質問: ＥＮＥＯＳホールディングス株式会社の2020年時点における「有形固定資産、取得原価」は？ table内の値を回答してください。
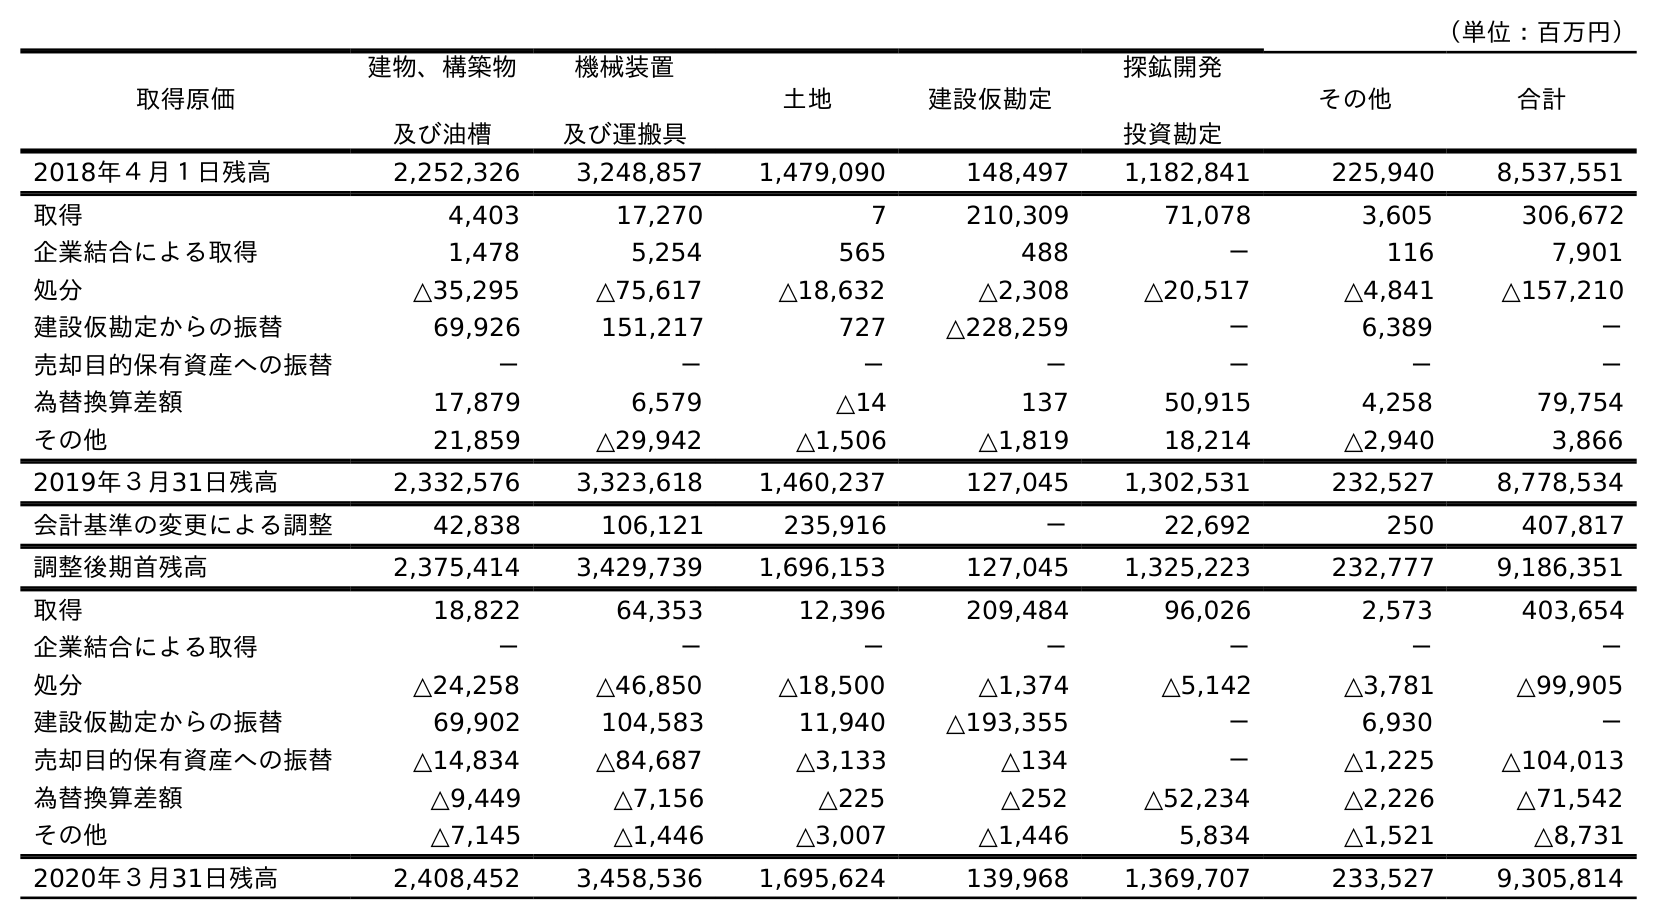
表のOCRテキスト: （単位：百万円） 取得原価 建物、構築物 及び油槽 機械装置 及び運搬具 土地 建設仮勘定 探鉱開発 投資勘定 その他 合計 2018年４月１日残高 2,252,326 3,248,857 1,479,090 148,497 1,182,841 225,940 8,537,551 取得 4,403 17,270 7 210,309 71,078 3,605 306,672 企業結合による取得 1,478 5,254 565 488 － 116 7,901 処分 △35,295 △75,617 △18,632 △2,308 △20,517 △4,841 △157,210 建設仮勘定からの振替 69,926 151,217 727 △228,259 － 6,389 － 売却目的保有資産への振替 － － － － － － － 為替換算差額 17,879 6,579 △14 137 50,915 4,258 79,754 その他 21,859 △29,942 △1,506 △1,819 18,214 △2,940 3,866 2019年３月31日残高 2,332,576 3,323,618 1,460,237 127,045 1,302,531 232,527 8,778,534 会計基準の変更による調整 42,838 106,121 235,916 － 22,692 250 407,817 調整後期首残高 2,375,414 3,429,739 1,696,153 127,045 1,325,223 232,777 9,186,351 取得 18,822 64,353 12,396 209,484 96,026 2,573 403,654 企業結合による取得 － － － － － － － 処分 △24,258 △46,850 △18,500 △1,374 △5,142 △3,781 △99,905 建設仮勘定からの振替 69,902 104,583 11,940 △193,355 － 6,930 － 売却目的保有資産への振替 △14,834 △84,687 △3,133 △134 － △1,225 △104,013 為替換算差額 △9,449 △7,156 △225 △252 △52,234 △2,226 △71,542 その他 △7,145 △1,446 △3,007 △1,446 5,834 △1,521 △8,731 2020年３月31日残高 2,408,452 3,458,536 1,695,624 139,968 1,369,707 233,527 9,305,814
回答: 9,305,814